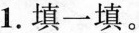
1.填一填。